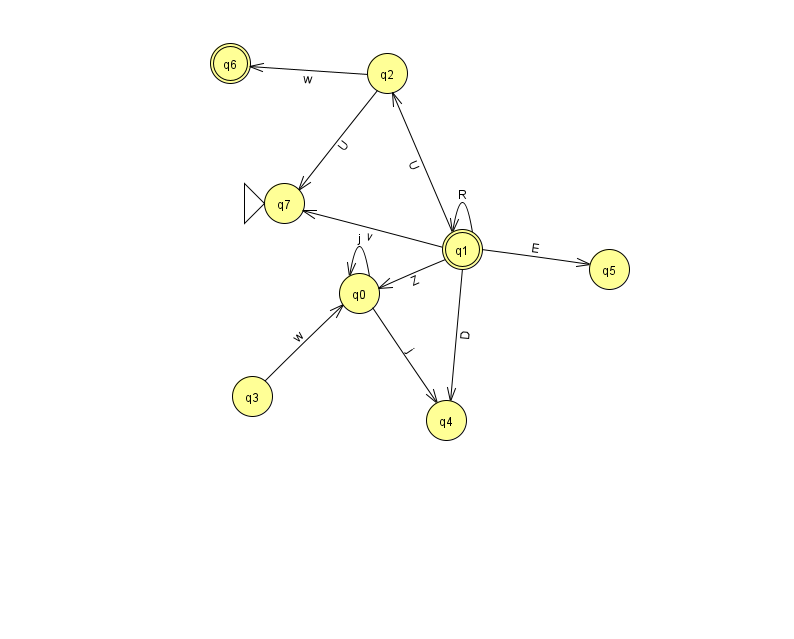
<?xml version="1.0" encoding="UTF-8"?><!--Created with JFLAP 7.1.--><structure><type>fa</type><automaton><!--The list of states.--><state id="0" name="q0"><x>359.0</x><y>280.0</y></state><state id="1" name="q1"><x>462.0</x><y>236.0</y><final/></state><state id="2" name="q2"><x>387.0</x><y>60.0</y></state><state id="3" name="q3"><x>252.0</x><y>383.0</y></state><state id="4" name="q4"><x>446.0</x><y>407.0</y></state><state id="5" name="q5"><x>609.0</x><y>256.0</y></state><state id="6" name="q6"><x>230.0</x><y>50.0</y><final/></state><state id="7" name="q7"><x>284.0</x><y>190.0</y><initial/></state><!--The list of transitions.--><transition><from>0</from><to>4</to><read>j</read></transition><transition><from>1</from><to>1</to><read>R</read></transition><transition><from>1</from><to>2</to><read>U</read></transition><transition><from>1</from><to>0</to><read>Z</read></transition><transition><from>1</from><to>4</to><read>D</read></transition><transition><from>2</from><to>7</to><read>U</read></transition><transition><from>0</from><to>0</to><read>j</read></transition><transition><from>1</from><to>7</to><read>v</read></transition><transition><from>3</from><to>0</to><read>w</read></transition><transition><from>1</from><to>5</to><read>E</read></transition><transition><from>2</from><to>6</to><read>w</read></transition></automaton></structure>